Medical and sanitary report of the native army of Bengal for the year
Year: 1877
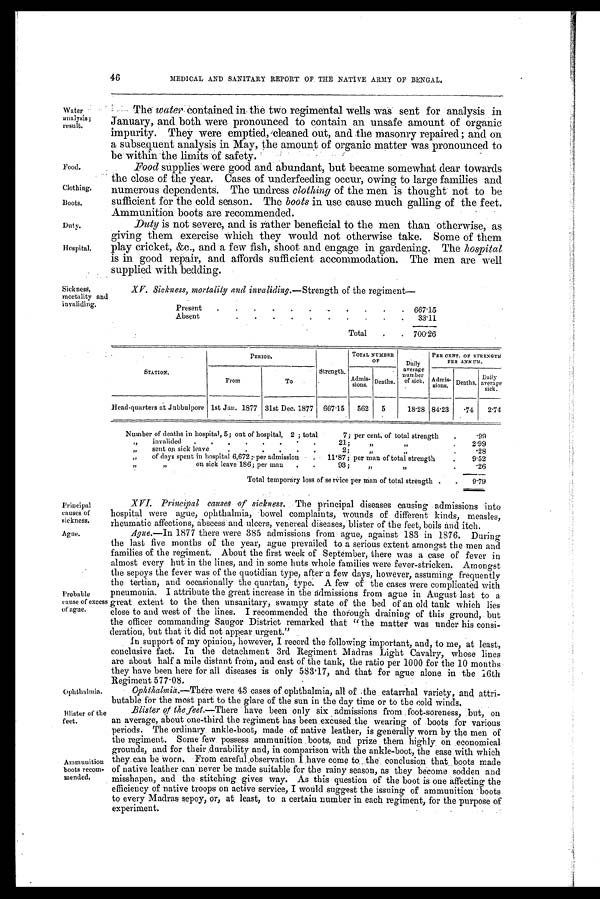
Food,
Clothing.
Boots.
Duty.
Hospital.
XV. Sickness. mortality and invaliding.—Strength of the regiment
—
Present
667.15
Absent
33.11
Total
700.26
Sickness,
mortality and
invaliding.
Principal
causes of
sickness.
Ague.
Ophthalmia.
Blister of the
feet.
46
MEDICAL AND SANITARY REPORT OF THE NATIVE ARMY OF BENGAL.
Water
analysis;
result.
The water contained in the two regimental wells was sent for analysis in
January, and both were pronounced to contain an unsafe amount of organic
impurity. They were emptied, cleaned out, and the masonry repaired; and on
a subsequent analysis in May, the amount of organic matter was pronounced to
be within the limits of safety.
Food supplies were good and abundant, but became somewhat dear towards
the close of the year. Cases of underfeeding occur, owing to large families and
numerous dependents. The undress clothing of the men is thought not to be
sufficient for the cold season. The boots in use cause much galling of the feet.
Ammunition boots are recommended.
Duty is not severe, and is rather beneficial to the men than otherwise, as
giving them exercise Which they would not otherwise take. Some of them
play cricket, &c., and a few fish, shoot and engage in gardening. The hospital
is in good repair, and affords sufficient accommodation. The men are well
supplied with bedding.
STATION,
PERIOD.
Strength.
TOTAL NUMBER
OF
Daily
average
number
of si ck .
PER CENT. OF STRENGTH
PER ANNUM .
From
To
Admis
-sions.
Deaths.
Admis-
sions.
Deaths.
Daily
average
sick.
Head-quarters at Jubbulpore 1st Jan. 1877 31st Dec. 1877
667.15
562
5
18.28 84.23
.74
2.74
Number of deaths in hospital, 5; out of hospital, 2 ; total
7; per cent, of total strength
. 9 9
„
invalided
21;
„
,,
2.99
„
sent on sick leave
2;
,,
,,
.28
„
of days spent in hospital 6,672 ;per admission
11.87; per man of total strength
9.52
„ „
on sick leave 186; per man
93;
,,
„
.26
Total temporary loss of service per man of total strength
9.79
Probable
cause of excess
of ague.
Ammunition
boots recom-
mended.
XVI. Principal causes of sickness. The principal diseases causing admissions into
hospital were ague, ophthalmia, bowel complaints, wounds of different kinds, measles,
rheumatic affections, abscess and ulcers, venereal diseases, blister of the feet, boils and itch.
Ague.—In 1877 there were 385 admissions from ague, against 183 in 1876. During
the last five months of the year, ague prevailed to a serious extent amongst the men and
families of the regiment. About the first week of September, there was a case of fever in
almost every hut in the lines, and in some huts whole families were fever-stricken. Amongst
the sepoys the fever was of the quotidian type, after a few days, however, assuming frequently
the tertian, and occasionally the quartan, type. A few of the cases were complicated with
pneumonia. I attribute the great increase in the admissions from ague in August last to a
great extent to the then unsanitary, swampy state of the bed of an old tank which lies
close to and west of the lines. I recommended the thorough draining of this ground, but
the officer commanding Saugor District remarked that "the matter was under his consi-
deration, but that it did not appear urgent."
In support of my opinion, however, I record the following important, and, to me, at least,
conclusive fact. In the detachment 3rd Regiment Madras Light Cavalry, whose lines
are about half a mile distant from, and east of the tank, the ratio per 1000 for the 10 months
they have been here for all diseases is only 583.17, and that for ague alone in the 16th
Regiment 577.08.
• Ophthalmia.—There were 43 cases of ophthalmia, all of the catarrhal variety, and attri-
butable for the most part to the glare of the sun in the day time or to the cold winds.
Blister of the feet.—There have been only six admissions from foot-soreness, but, on
an average, about one-third the regiment has been excused the wearing of boots for various
periods. The ordinary ankle-boot, made of native leather, is generally worn by the men of
the regiment. Some few possess ammunition boots, and prize them highly on economical
grounds, and for their durability and, in comparison with the ankle-boot, the ease with which
they can be worn. From careful observation I have come to the conclusion that boots made
of native leather can never be made suitable for the rainy season, as they become sodden and
misshapen, and the stitching gives way. As this question of the boot is one affecting the
efficiency of native troops on active service, I would suggest the issuing of ammunition boots
to every Madras sepoy, or, at least, to a certain number in each regiment, for the purpose of
experiment.